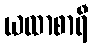
ယထာစာရီ